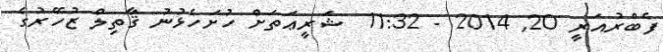
ފެބްރުއަރީ 20